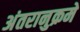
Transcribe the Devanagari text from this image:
अंतरानुक्रमे